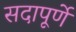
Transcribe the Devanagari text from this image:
सदापूर्णे